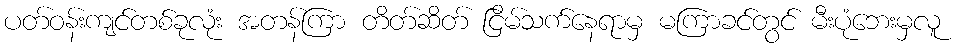
ပတ်ဝန်းကျင်တစ်ခုလုံး အတန်ကြာ တိတ်ဆိတ် ငြိမ်သက်နေရာမှ မကြာခင်တွင် မီးပုံဘေးမှလူ